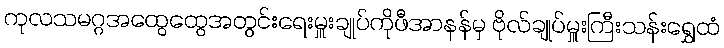
ကုလသမဂ္ဂအထွေထွေအတွင်းရေးမှူးချုပ်ကိုဖီအာနန်မှ ဗိုလ်ချုပ်မှူးကြီးသန်းရွှေထံ